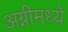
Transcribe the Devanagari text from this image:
अग्नीमध्ये